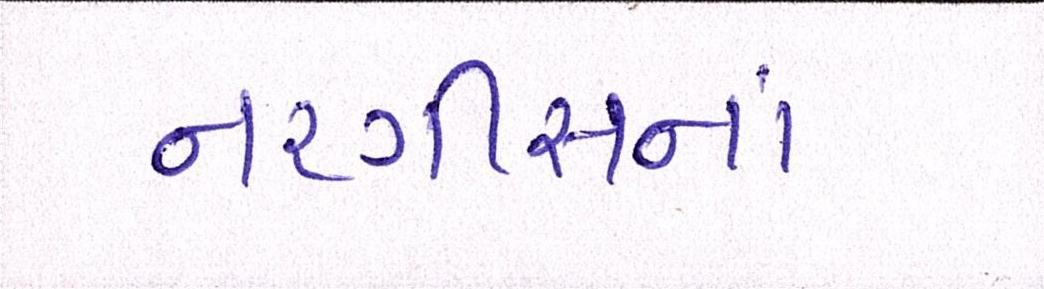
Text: નરગીસનાં